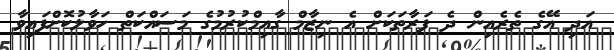
އަދި އޭގެ ތެރެއިން ދެ ފަރާތަކަށް އެ ނިޒާމް ގާއިމްކުރުމުގެ މަސައްކަތް ހަވާލުކޮށްފައިވާ